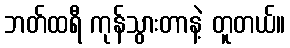
ဘတ်ထရီ ကုန်သွားတာနဲ့ တူတယ်။